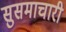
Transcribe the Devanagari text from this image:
सुसमाचारी